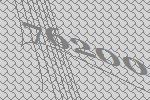
76200